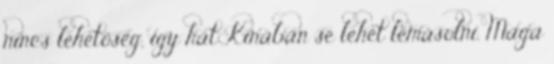
nincs lehetőség, így hát Kínában se lehet lemásolni. Maga